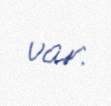
var.